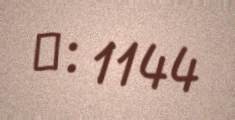
№: 1144